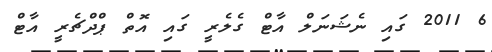
6 2011 ގައި ނެޝަނަލް އާޓް ގެލެރީ ގައި އޮތް ޕްދްޗެރީ އާޓް